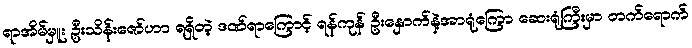
ရာအိမ်မှူး ဦးသိန်းဇော်ဟာ ရရှိတဲ့ ဒဏ်ရာကြောင့် ရန်ကုန် ဦးနှောက်နဲ့အာရုံကြော ဆေးရုံကြီးမှာ တက်ရောက်